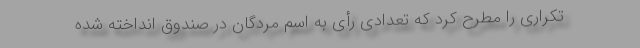
تکراری را مطرح کرد که تعدادی رأی به اسم مردگان در صندوق انداخته شده